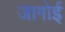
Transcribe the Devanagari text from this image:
जागोई